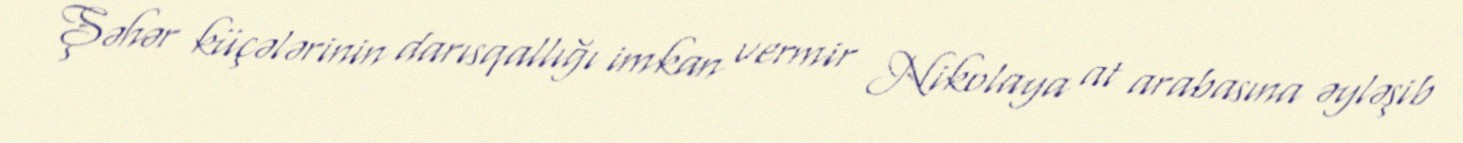
Şəhər küçələrinin darısqallığı imkan vermir Nikolaya at arabasına əyləşib